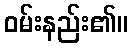
ဝမ်းနည်း၏။